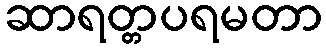
ဆာရတ္တပရမတာ